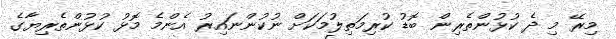
މިރޭ މި ދެ ކުޅުންތެރިން ބޮޑު ކުރިމަތިލުމަކަށް ނުކުންނައިރު އެންމެ މޮޅު ކުޅުންތެރިޔާގެ